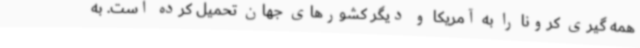
همه گیری کرونا را به آمریکا و دیگر کشورهای جهان تحمیل کرده است. به